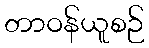
တာဝန်ယူစဉ်